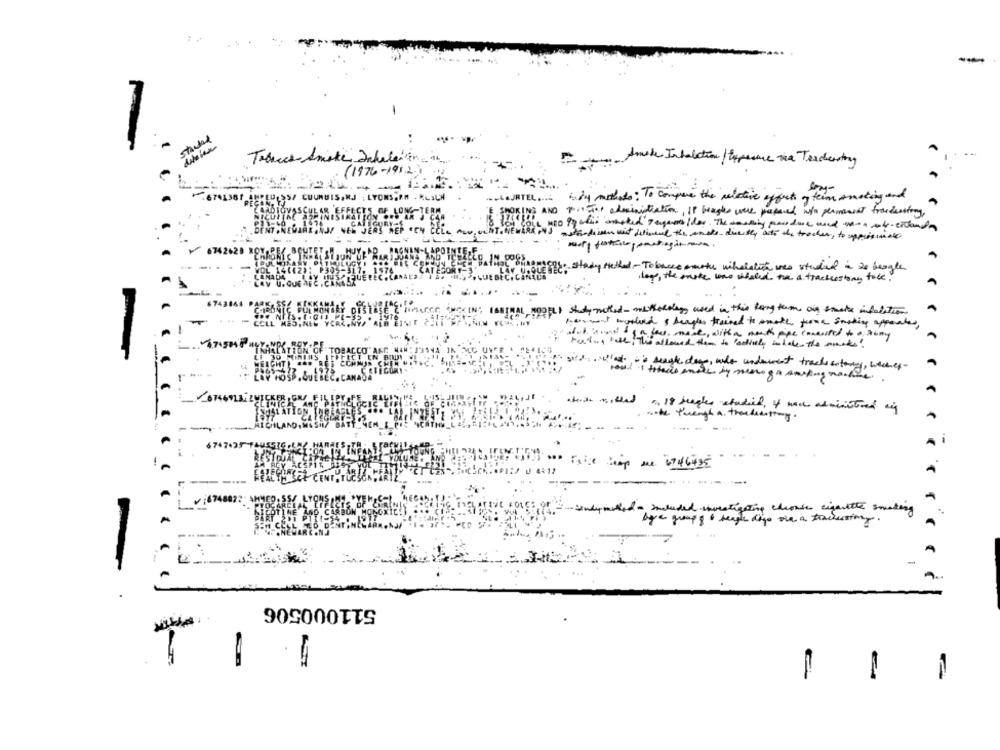
--
-
Tobacco Smoke Inhalation in.
Amide Inhalation / Exposure toa Teacherstory
(1976-1912-)
SF CU
the ... sim monds : To compare the relative effects og tem smoking and
NS AND print administration, If beagles were prepared with permanent fracdesing,
as aus motordenuit dehimand the anato dieser with the trocken, to uppestimate
2628 ROY
: 00file: stady siethed -Tobacco mmothe wihalation was studied in to beogle
log, the paste wne whated the a trackcestory tobe.
PELI statynoted - mitholding used in this long term air smeets infarction
perment motherd & beagles trained to smoke froma susting appeales
at sind ga har mane, with a math pipe consisted to a sony
allowed them to 'actively inhale the monkes !
·allado's seagle dag, who underwent tracksstory, weiles-
a 18 heagles etacid, of wall administered og
thengh a. theuseenting.
-
---
--
67474357
6746435
mcluded investigating chronic cigarette smoking
a group & " reage dage sie a trackusing .
-
511000506
-